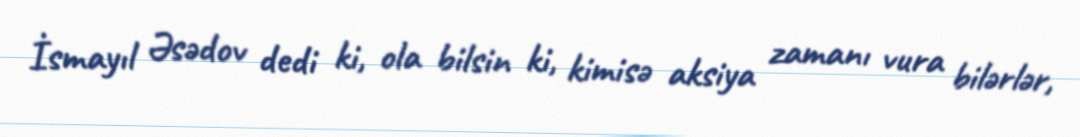
İsmayıl Əsədov dedi ki, ola bilsin ki, kimisə aksiya zamanı vura bilərlər,